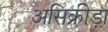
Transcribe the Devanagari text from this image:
असिक्रीड़ा